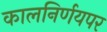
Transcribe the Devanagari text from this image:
कालनिर्णयपर